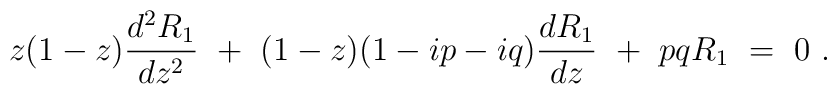
z(1-z){d^{2}R_1 \over dz^{2}}~+~(1-z)(1-ip-iq){dR_1 \over dz}~+~pqR_1~=~0~.